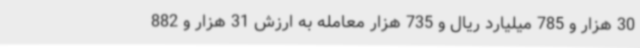
30 هزار و 785 میلیارد ریال و 735 هزار معامله به ارزش 31 هزار و 882